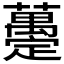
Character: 𧄌